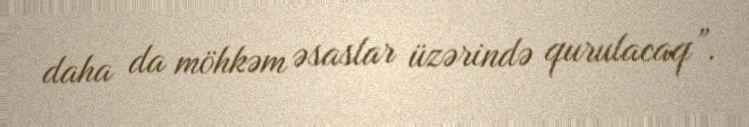
daha da möhkəm əsaslar üzərində qurulacaq”.